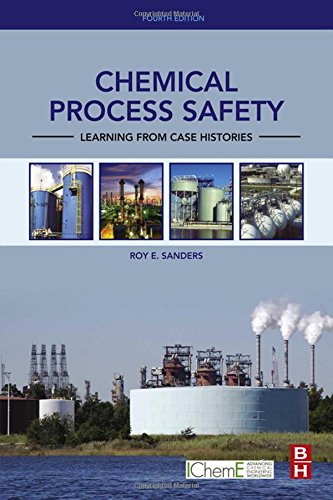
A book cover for Chemical Process Safety, Fourth Edition: Learning from Case Histories; Roy E. Sanders; Science & Math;